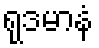
ရုဒမာနံ